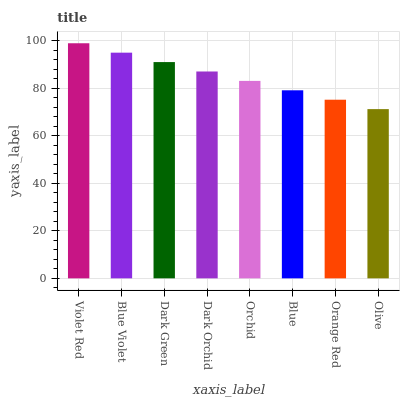
| xaxis_label | bars |
 | --- | --- |
 | Violet Red | 99 |
 | Blue Violet | 95 |
 | Dark Green | 91.1 |
 | Dark Orchid | 87.1 |
 | Orchid | 83.1 |
 | Blue | 79.2 |
 | Orange Red | 75.2 |
 | Olive | 71.3 |